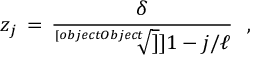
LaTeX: z _ { j } \, = \, { \frac { \delta } { \sqrt [ [object Object] ] ] { 1 - j / \ell } } } \, \, \, \, ,